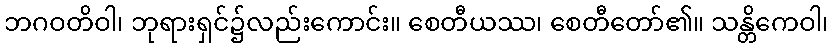
ဘဂဝတိဝါ၊ ဘုရားရှင်၌လည်းကောင်း။ စေတီယဿ၊ စေတီတော်၏။ သန္တိကေဝါ၊